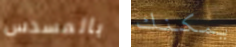
بالمسدس يمكنك